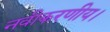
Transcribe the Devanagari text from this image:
नवीकरणीय।